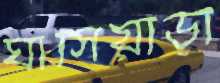
ঘাসিয়াড়া